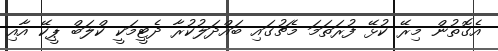
އެގޮތުން މިރޭ ކުޅޭ ފުރަތަމަ މެޗުގައި ބައްދަލުކުރާ ދެޓީމަކީ ކްލަބް ޕީކޭ އާއި